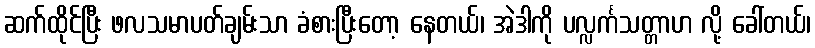
ဆက်ထိုင်ပြီး ဖလသမာပတ်ချမ်းသာ ခံစားပြီးတော့ နေတယ်၊ အဲဒါကို ပလ္လင်္ကသတ္တာဟ လို့ ခေါ်တယ်၊